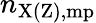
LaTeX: n_{\mathrm{X(Z),mp}}